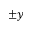
\pm y